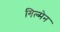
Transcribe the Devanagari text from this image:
गिल्मेन